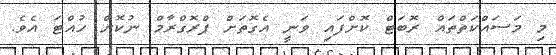
މި މަސައްކަތްތައް ރޮބަޓް ކޮށްފައި ވަނީ އެގޮތަށް ޕްރޮގްރާމް ނުކޮށް ހުއްޓަ އެވެ.